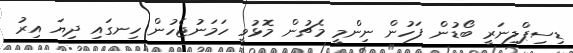
ޑިސިޕްލިނަރީ ބޯޑުން ފަހުން ނިންމީ މެޗުން މޮޅުވީ ހަމަނުޖެހުން ހިނގައި ދިޔަ އިރު